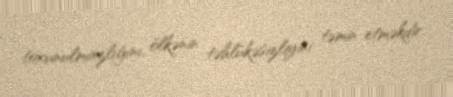
toxunulmazlığını, ölkənin təhlükəsizliyini təmin etməkdir.